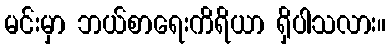
မင်းမှာ ဘယ်စာရေးကိရိယာ ရှိပါသလား။